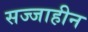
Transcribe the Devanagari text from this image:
सज्जाहीन